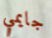
جايمي